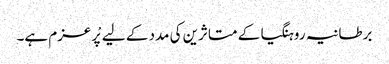
برطانیہ روہنگیا کے متاثرین کی مدد کے لیے پْرعزم ہے۔